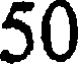
50